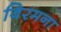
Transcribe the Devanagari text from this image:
विरमना